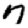
Digit: 7